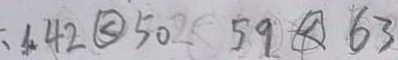
4 2 \textcircled { < } 5 0 5 9 \textcircled { < } 6 3